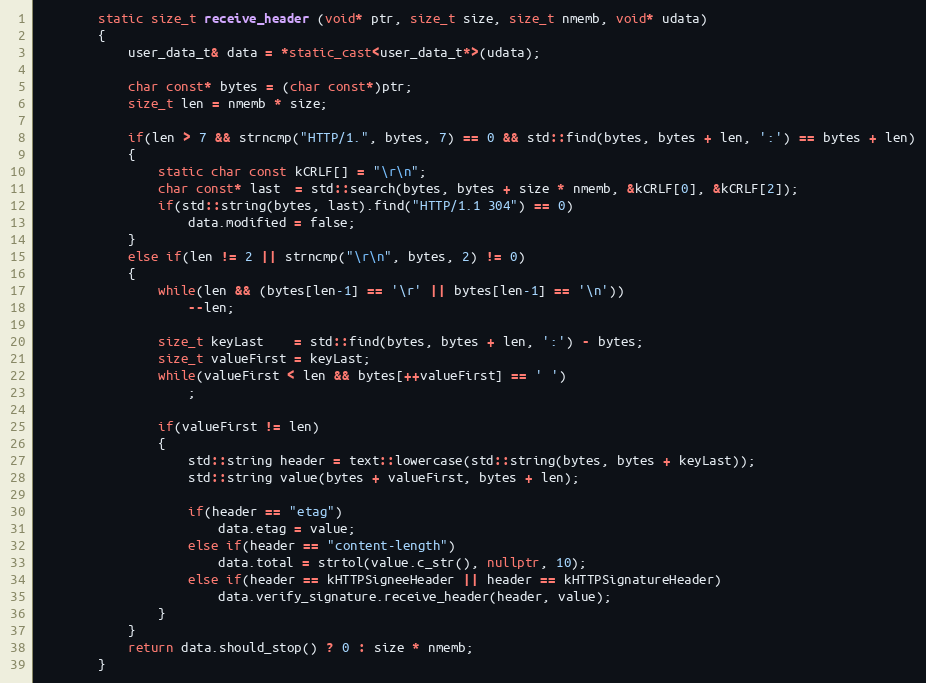
Language: C++
		static size_t receive_header (void* ptr, size_t size, size_t nmemb, void* udata)
		{
			user_data_t& data = *static_cast<user_data_t*>(udata);

			char const* bytes = (char const*)ptr;
			size_t len = nmemb * size;

			if(len > 7 && strncmp("HTTP/1.", bytes, 7) == 0 && std::find(bytes, bytes + len, ':') == bytes + len)
			{
				static char const kCRLF[] = "\r\n";
				char const* last  = std::search(bytes, bytes + size * nmemb, &kCRLF[0], &kCRLF[2]);
				if(std::string(bytes, last).find("HTTP/1.1 304") == 0)
					data.modified = false;
			}
			else if(len != 2 || strncmp("\r\n", bytes, 2) != 0)
			{
				while(len && (bytes[len-1] == '\r' || bytes[len-1] == '\n'))
					--len;

				size_t keyLast    = std::find(bytes, bytes + len, ':') - bytes;
				size_t valueFirst = keyLast;
				while(valueFirst < len && bytes[++valueFirst] == ' ')
					;

				if(valueFirst != len)
				{
					std::string header = text::lowercase(std::string(bytes, bytes + keyLast));
					std::string value(bytes + valueFirst, bytes + len);

					if(header == "etag")
						data.etag = value;
					else if(header == "content-length")
						data.total = strtol(value.c_str(), nullptr, 10);
					else if(header == kHTTPSigneeHeader || header == kHTTPSignatureHeader)
						data.verify_signature.receive_header(header, value);
				}
			}
			return data.should_stop() ? 0 : size * nmemb;
		}